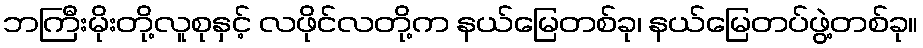
ဘကြီးမိုးတို့လူစုနှင့် လဖိုင်လတို့က နယ်မြေတစ်ခု၊ နယ်မြေတပ်ဖွဲ့တစ်ခု။